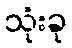
သုံးခု